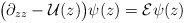
\begin{align*} \big(\partial_{zz} - \mathcal{U}(z)\big) \psi(z) = \mathcal{E} \psi(z)\end{align*}